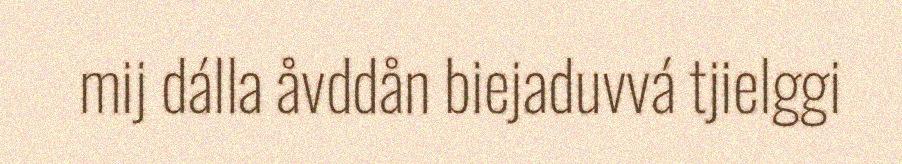
mij dálla åvddån biejaduvvá tjielggi